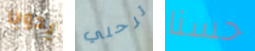
يدويا ترحلي حسنا